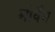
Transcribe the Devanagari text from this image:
मोर्वेन